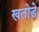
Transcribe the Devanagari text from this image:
खतोडे